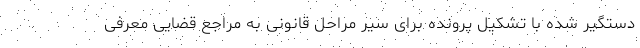
دستگیر شده با تشکیل پرونده برای سیر مراحل قانونی به مراجع قضایی معرفی